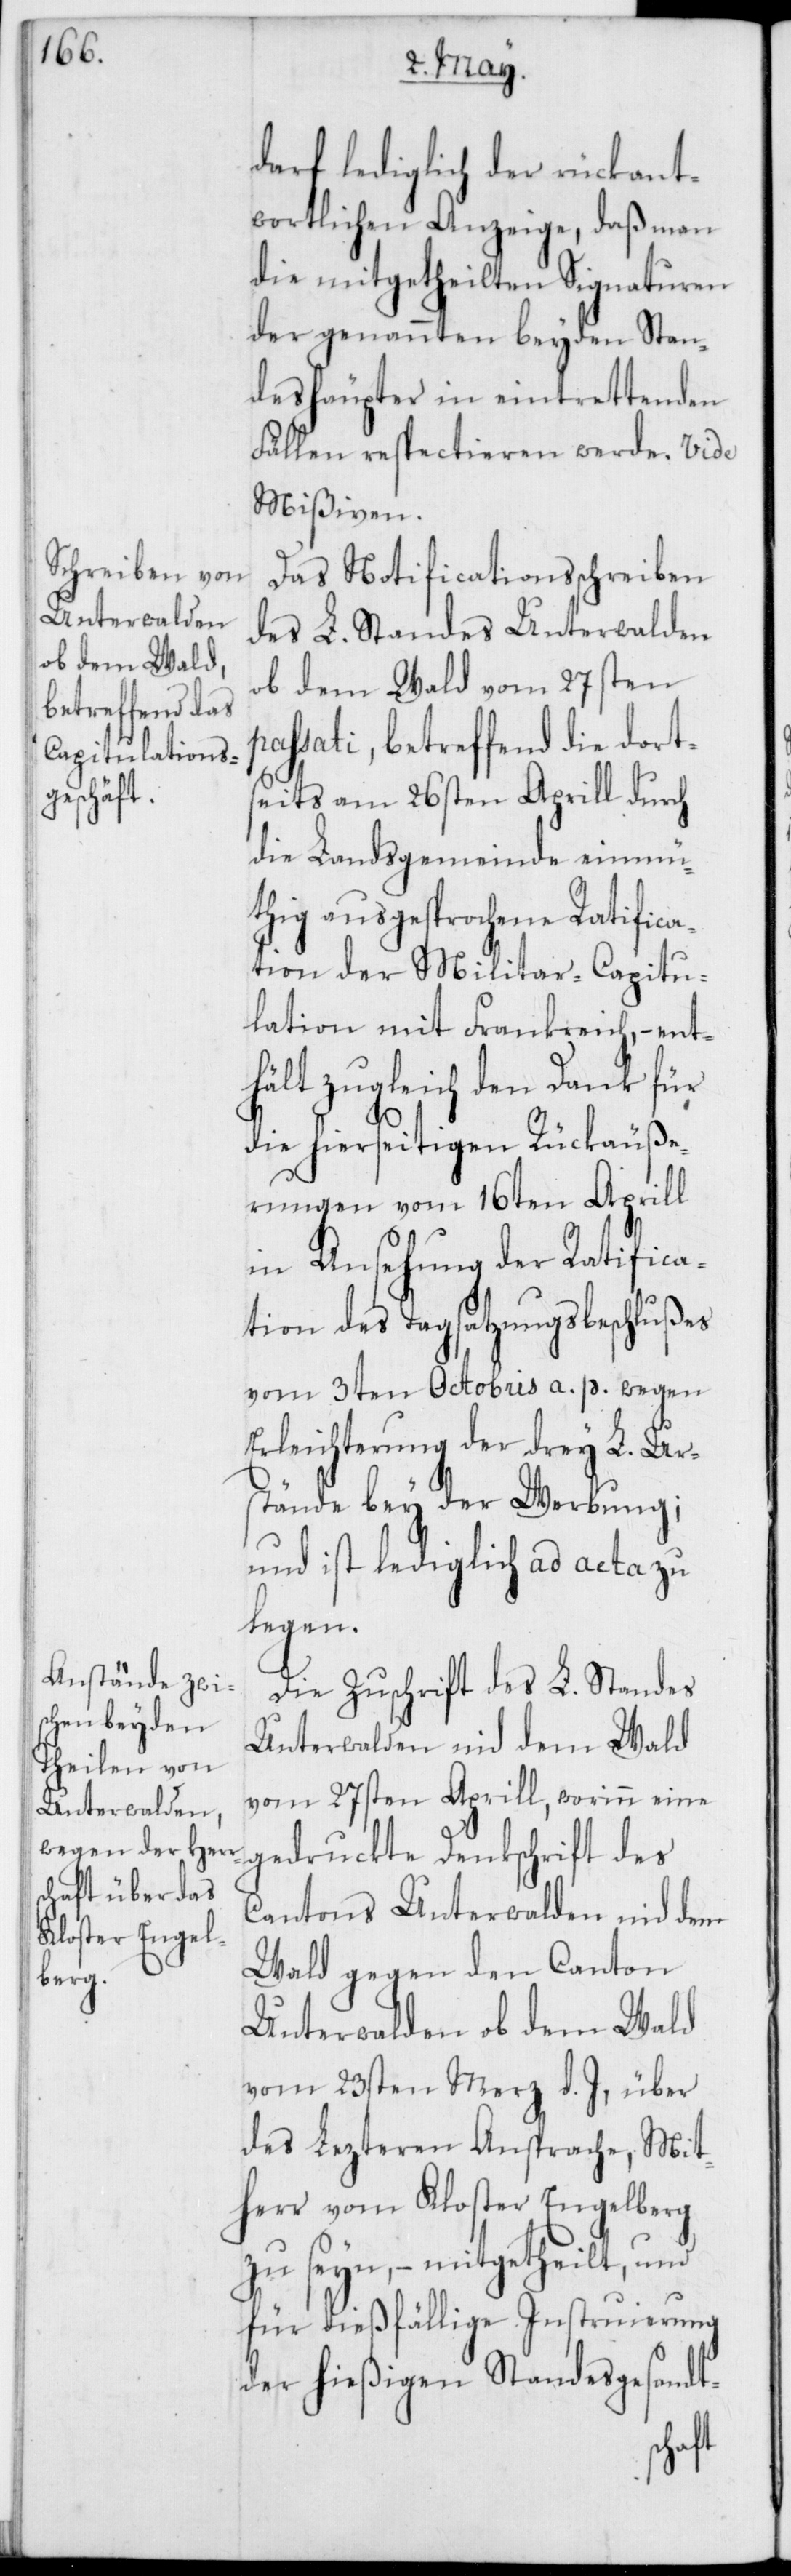
darf lediglich der rückant¬
wortlichen Anzeige, daß man
die mitgetheilten Signaturen
der genannten beyden Stan¬
deshäupter in eintrettenden
Fällen respectieren werde. Vide
Mißiven.
Das Notificationsschreiben
des L. Standes Unterwalden
ob dem Wald vom 27sten
ssati, betreffend die dort¬
seits am 26sten Aprill durch
die Landsgemeinde einmü¬
thig ausgesprochene Ratifica¬
tion der Militair-Capitu¬
lation mit Frankreich, – ent¬
hält zugleich den Dank für
die hierseitigen Rückäuße¬
rungen vom 16ten Aprill
in Ansehung der Ratifica¬
tion des Tagsatzungsbeschlußes
vom 3ten Octobris a. p. wegen
Erleichterung der drey L. Urs¬
tände bey der Werbung;
und ist lediglich ad acta zu
legen.
Die Zuschrift des L. Standes
Unterwalden nid dem Wald
vom 27sten Aprill, worinn eine
gedruckte Denkschrift des
Cantons Unterwalden nid dem
Wald gegen den Canton
Unterwalden ob dem Wald
vom 23sten Merz d. J., über
des lezteren Ansprache, Mit¬
herr vom Kloster Engelberg
zu seyn, – mitgetheilt, und
für dießfällige Instruierung
der hießigen Standesgesandt-
pa¬